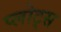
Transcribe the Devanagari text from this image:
प्लोट्स